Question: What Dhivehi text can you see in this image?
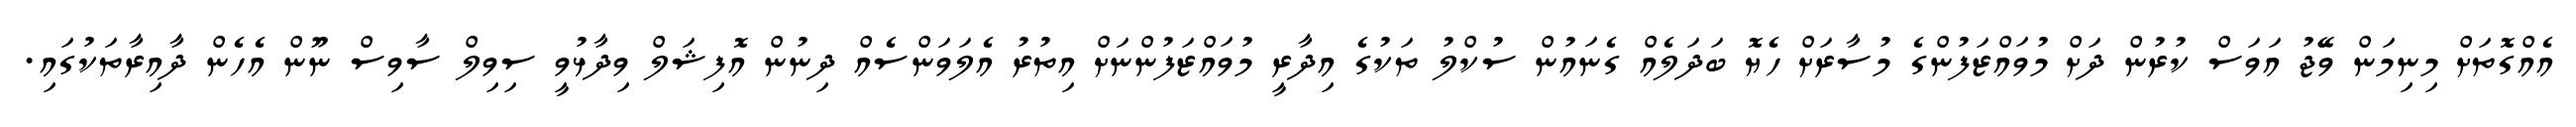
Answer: އެއްގޮތަށް މިނިމަން ވޭޖު އަވަސް ކުރުން ދަށް މުވައްޒަފުންގެ މުސާރަށް ހެޔޮ ބަދަލެއް ގެނައުން ސުކްލު ތަކުގެ އިދާރީ މުވައްޒަފުންނަށް އިތުރު އެލަވަންސެއް ދިނުން އޮފިޝަލް ވިދާޅުވީ ސިވިލް ސާވިސް ނޫން އެހެން ދާއިރާތަކުގައި.